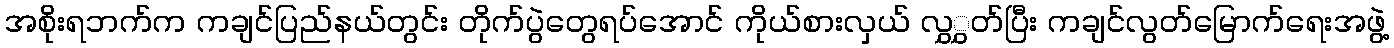
အစိုးရဘက်က ကချင်ပြည်နယ်တွင်း တိုက်ပွဲတွေရပ်အောင် ကိုယ်စားလှယ် လွှွှတ်ပြီး ကချင်လွတ်မြောက်ရေးအဖွဲ့